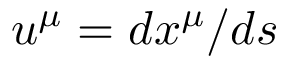
u ^ { \mu } = d x ^ { \mu } / d s